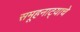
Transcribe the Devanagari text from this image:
समूहनाट्याचे